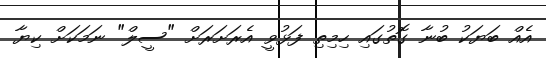
އެއް ބަޔަކު ބުނާ ގޮތުގައި ހިމިތި ފަޅުވީ އެރަށަރަށް "ސީލް" ނަމަކަށް ކިޔާ